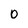
Character: O